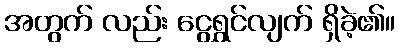
အတွက် လည်း ငွေရွှင်လျက် ရှိခဲ့၏။